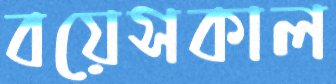
বয়েসকাল